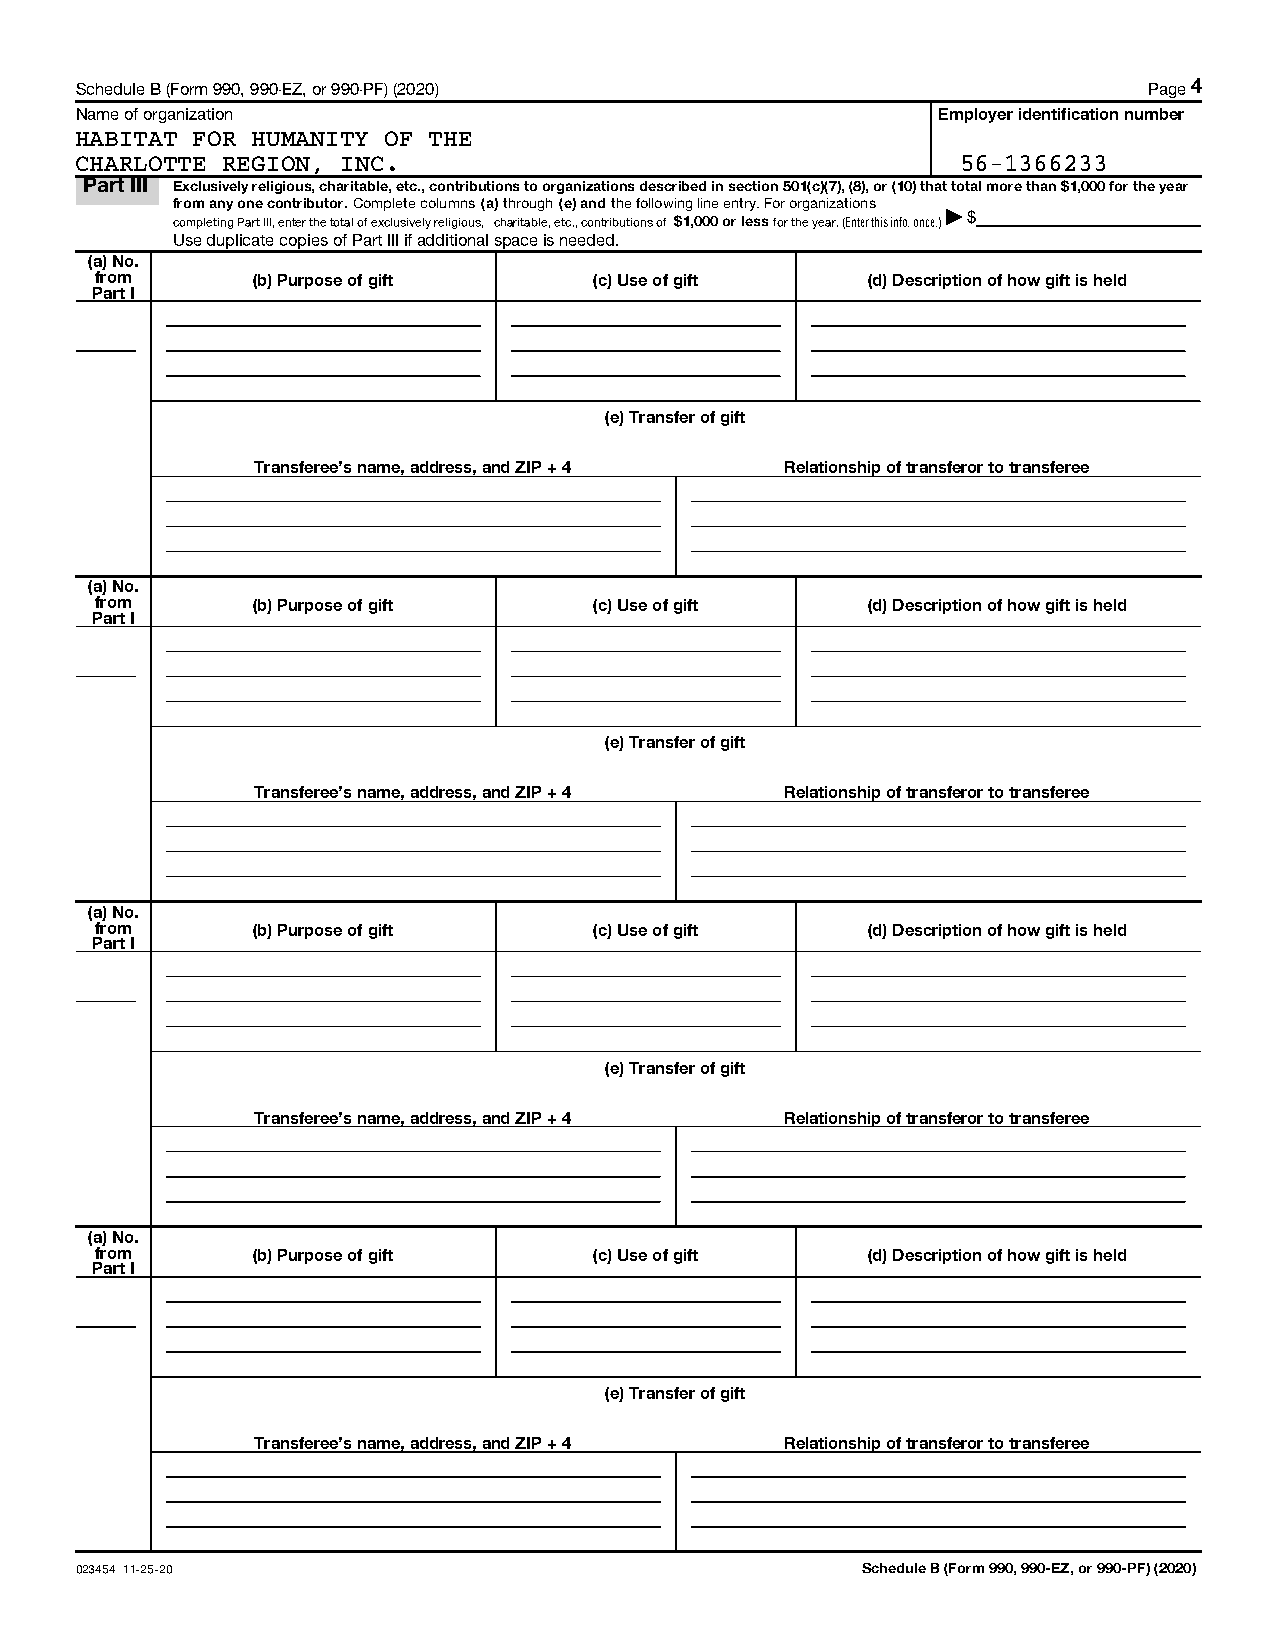
Schedule B (Form 990, 990-EZ, or 990-PF) (2020)                        Page 4
 Name of organization                                     Employer identification number
 HABITAT FOR HUMANITY OF THE
 CHARLOTTE REGION, INC.                                     56-1366233
 Part III Exclusively religious, charitable, etc., contributions to organizations described in section 501(c)(7), (8), or (10) that total more than $1,000 for the year
 from any one contributor. Complete columns (a) through (e) and the following line entry. For organizations
 completing Part III, enter the total of exclusively religious, charitable, etc., contributions of $1,000 or less for the year. (Enter this info. once.)| $
 Use duplicate copies of Part III if additional space is needed.
 (a) No.
 from       (b) Purpose of gift   (c) Use of gift   (d) Description of how gift is held
 Part I
 (e) Transfer of gift
 Transferee's name, address, and ZIP + 4 Relationship of transferor to transferee
 (a) No.
 from       (b) Purpose of gift   (c) Use of gift   (d) Description of how gift is held
 Part I
 (e) Transfer of gift
 Transferee's name, address, and ZIP + 4 Relationship of transferor to transferee
 (a) No.
 from       (b) Purpose of gift   (c) Use of gift   (d) Description of how gift is held
 Part I
 (e) Transfer of gift
 Transferee's name, address, and ZIP + 4 Relationship of transferor to transferee
 (a) No.
 from       (b) Purpose of gift   (c) Use of gift   (d) Description of how gift is held
 Part I
 (e) Transfer of gift
 Transferee's name, address, and ZIP + 4 Relationship of transferor to transferee
 023454 11-25-20                                     Schedule B (Form 990, 990-EZ, or 990-PF) (2020)